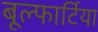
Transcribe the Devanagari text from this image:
बूल्फार्टिया